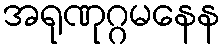
အရုဏုဂ္ဂမနေန